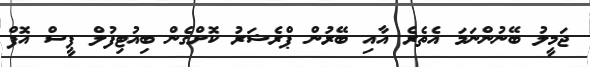
ޖަމީލު ބޭނުންނަމަ އެތެރެ އާއި ބޭރުން ޕްރެޝަރު ކޮށްގެން ބިއުޓިފުލް ޕީސް އޮފް